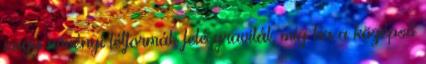
vagy növényi létformák felé gravitál, míg ha a középső